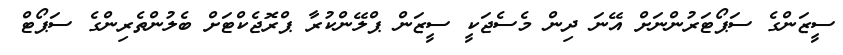
ސީޒަންގެ ސަޕޯޓަރުންނަށް އޭނަ ދިން މެސެޖަކީ ސީޒަން ޕްލޭންކުރާ ޕްރޮޖެކްޓަށް ބެލުންތެރިންގެ ސަޕޯޓް